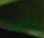
ناس